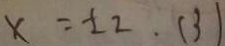
\times = \pm 2 . 1 3 1